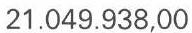
21.049.938,00